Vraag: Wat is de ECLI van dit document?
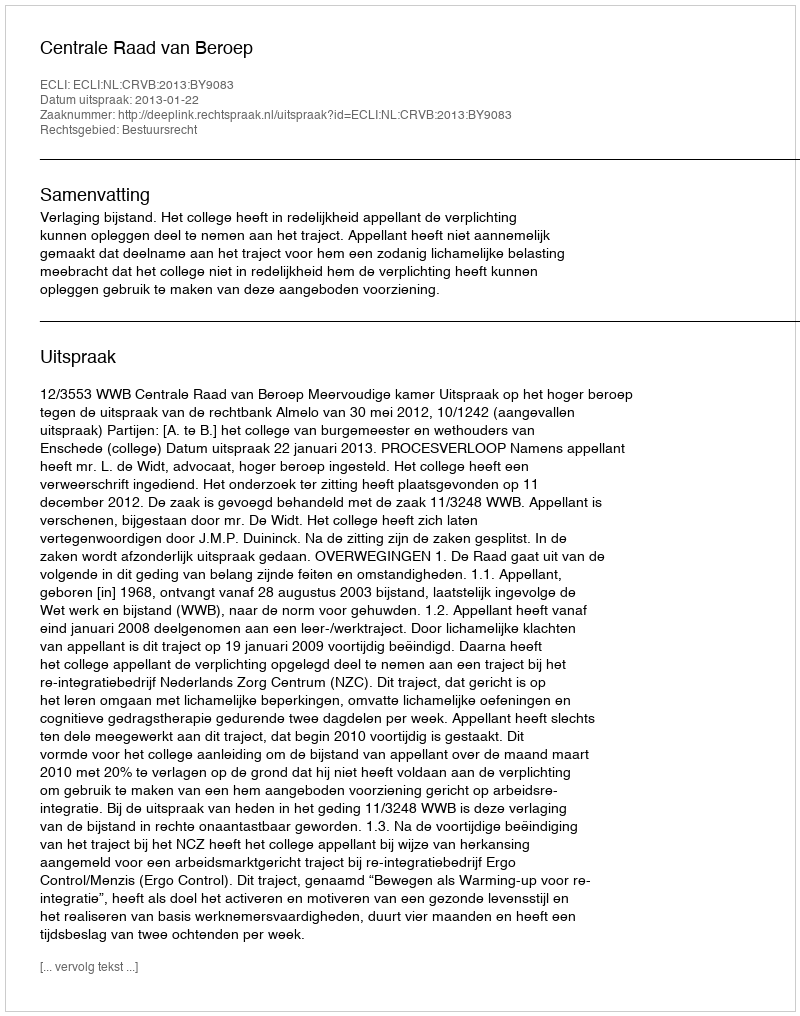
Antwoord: ECLI:NL:CRVB:2013:BY9083